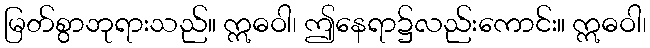
မြတ်စွာဘုရားသည်။ ဣဓဝါ၊ ဤနေရာ၌လည်းကောင်း။ ဣဓဝါ၊